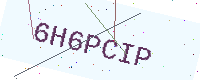
Text: 6H6PCIP